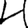
Digit: 4